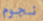
نجوم